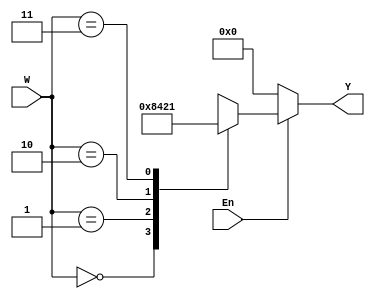
module dec2to4_al (W, Y, En);
    input [1:0] W;
    input En;
    output [0:3] Y;
    reg [0:3] Y;

    always @(W or En)
        begin
            if (En == 0)
                Y = 4'b0000;
            else
                case (W)
                    0: Y = 4'b1000;
                    1: Y = 4'b0100;
                    2: Y = 4'b0010;
                    3: Y = 4'b0001;
                endcase
        end

endmodule